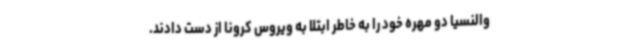
والنسیا دو مهره خود را به خاطر ابتلا به ویروس کرونا از دست دادند.